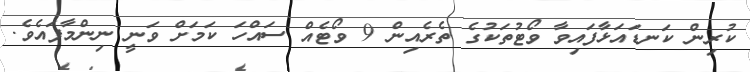
ކުރިން ކަނޑައަޅާފައިވާ ވޯޓުތަކުގެ ތެރެއިން 9 ވޯޓެއް ސައްހަ ކަމަށް ވަނީ ނިންމާފައެވެ.